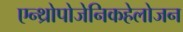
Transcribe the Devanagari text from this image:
एन्थ्रोपोजेनिकहेलोजन